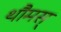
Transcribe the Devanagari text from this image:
थौमस्